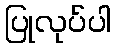
ပြုလုပ်ပါ